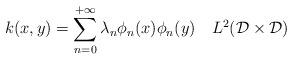
LaTeX: \begin{align*} k(x,y) = \sum_{n=0}^{+\infty}\lambda_n\phi_n(x)\phi_n(y) \ \ \ L^2(\mathcal{D}\times\mathcal{D})\end{align*}